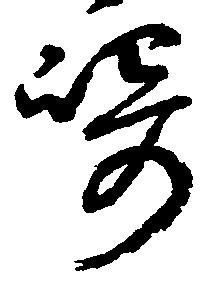
崎